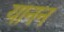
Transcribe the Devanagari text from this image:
यानन